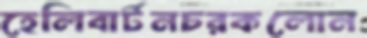
হেলিবার্টনচরকলোন